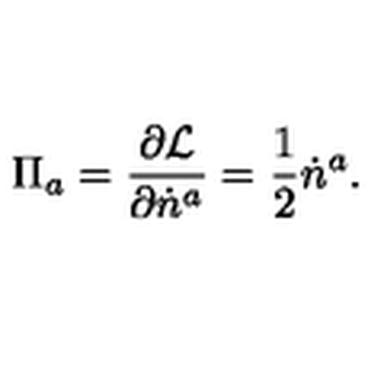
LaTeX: \Pi _ { a } = \frac { \partial { \cal L } } { \partial \dot { n } ^ { a } } = \frac { 1 } { 2 } \dot { n } ^ { a } .